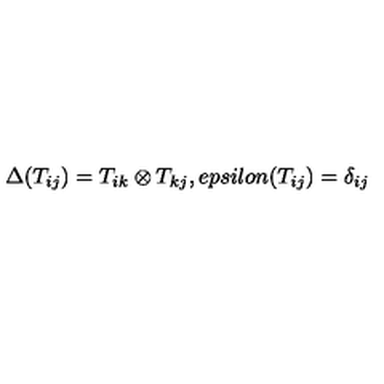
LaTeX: \Delta ( T _ { i j } ) = T _ { i k } \otimes T _ { k j } , e p s i l o n ( T _ { i j } ) = \delta _ { i j }